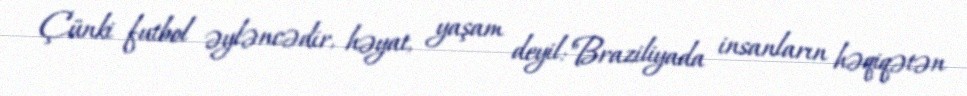
Çünki futbol əyləncədir, həyat, yaşam deyil:"Braziliyada insanların həqiqətən